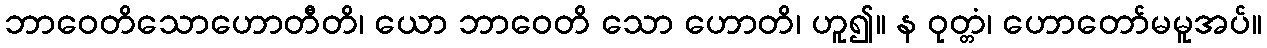
ဘာဝေတိသောဟောတီတိ၊ ယော ဘာဝေတိ သော ဟောတိ၊ ဟူ၍။ န ဝုတ္တံ၊ ဟောတော်မမူအပ်။